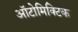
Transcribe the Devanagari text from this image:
ऑटोमिक्टिक